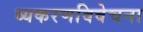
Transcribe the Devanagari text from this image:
व्यकरणविवेचना